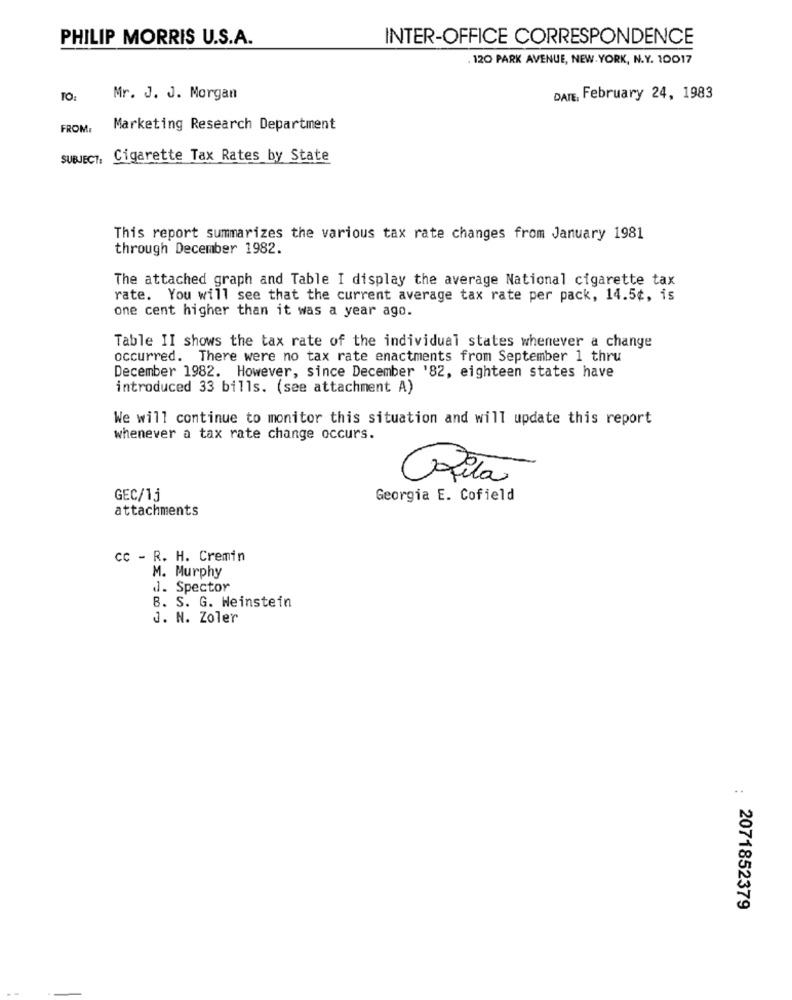
PHILIP MORRIS U.S.A.
INTER-OFFICE CORRESPONDENCE
120 PARK AVENUE, NEW YORK, N.Y. 10017
TO:
Mr. J. J. Morgan
DATE, February 24, 1983
FROM:
Marketing Research Department
SUBJECT, Cigarette Tax Rates by State
This report summarizes the various tax rate changes from January 1981
through December 1982.
The attached graph and Table I display the average National cigarette tax
rate. You will see that the current average tax rate per pack, 14.5¢, is
one cent higher than it was a year ago.
Table II shows the tax rate of the individual states whenever a change
occurred. There were no tax rate enactments from September 1 thru
December 1982. However, since December '82, eighteen states have
introduced 33 bills. (see attachment A)
We will continue to monitor this situation and will update this report
whenever a tax rate change occurs.
Pila
GEC/1j
Georgia E. Cofield
attachments
cc - R. H. Cremin
M. Murphy
d. Spector
B. S. G. Weinstein
J. N. Zoler
..
2071852379